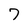
Character: 7